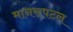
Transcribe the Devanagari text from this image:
मानसपटल